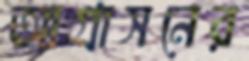
আগ্রাসনের